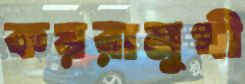
কয়রামুখী